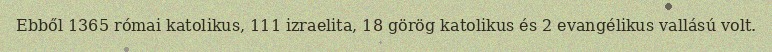
Ebből 1365 római katolikus, 111 izraelita, 18 görög katolikus és 2 evangélikus vallású volt.